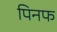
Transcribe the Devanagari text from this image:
पिनफ